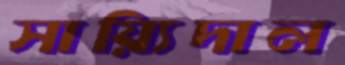
সায়্যিদাল